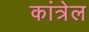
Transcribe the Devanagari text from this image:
कांत्रेल